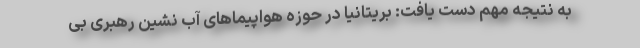
به نتیجه مهم دست یافت: بریتانیا در حوزه هواپیماهای آب نشین رهبری بی